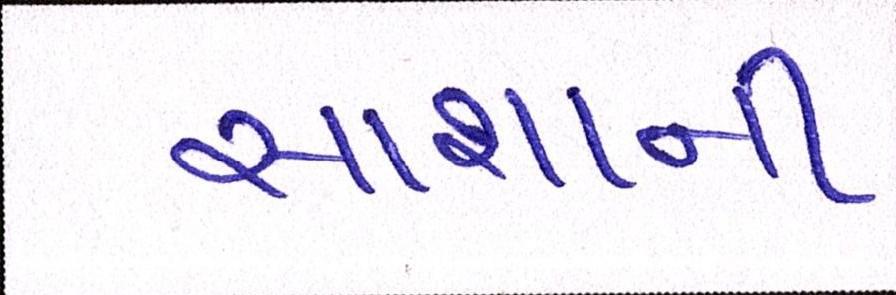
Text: સાશાની